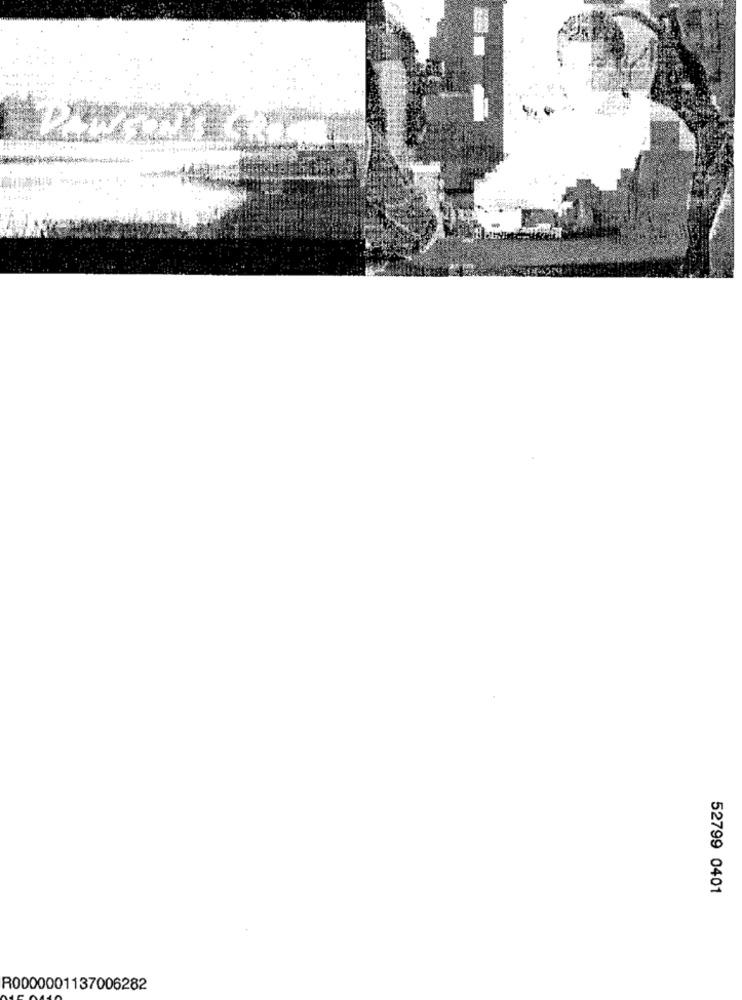
52799 0401
R0000001137006282